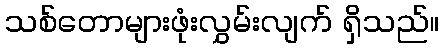
သစ်တောများဖုံးလွှမ်းလျက် ရှိသည်။